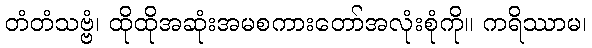
တံတံသဗ္ဗံ၊ ထိုထိုအဆုံးအမစကားတော်အလုံးစုံကို။ ကရိဿာမ၊